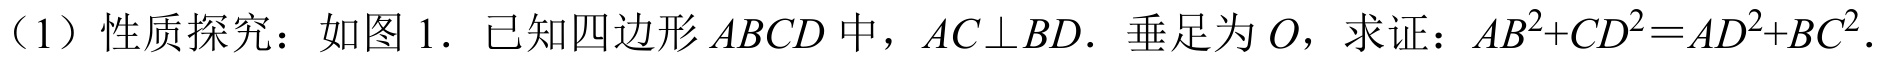
（1）性质探究：如图1. 已知四边形\(ABCD\)中，\(AC\perp BD\). 垂足为\(O\)，求证：\(AB^{2}+CD^{2}=AD^{2}+BC^{2}\).